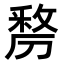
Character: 𭄐